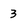
Character: 3